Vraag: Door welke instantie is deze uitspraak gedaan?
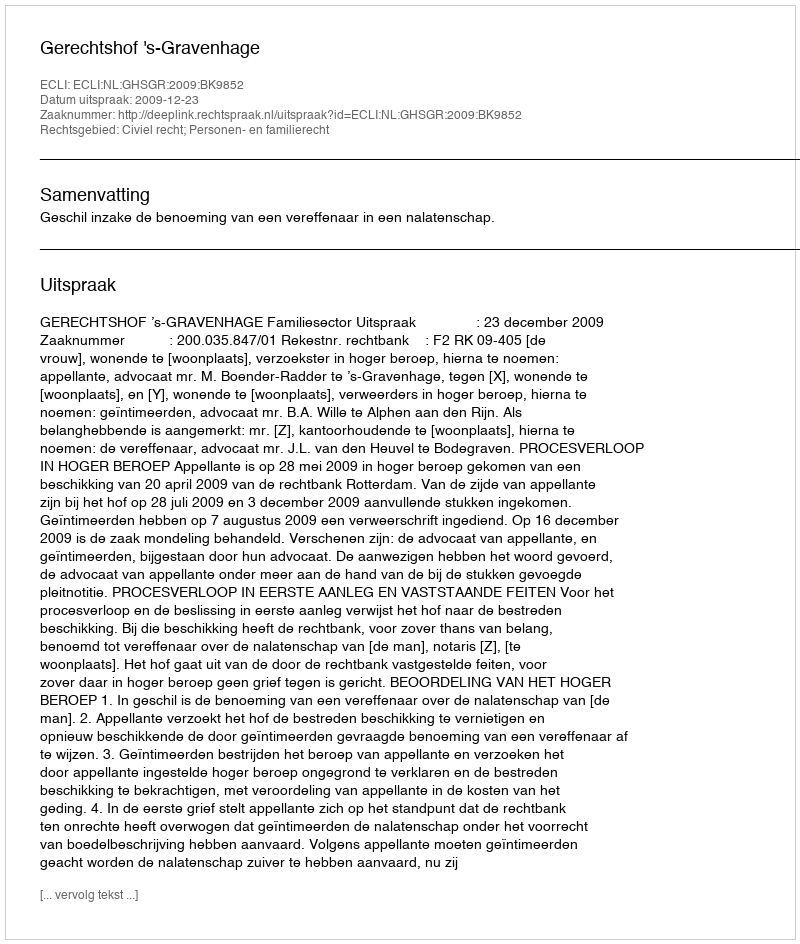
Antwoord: Gerechtshof 's-Gravenhage